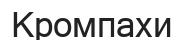
Кромпахи